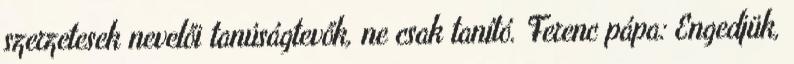
szerzetesek nevelői tanúságtevők, ne csak tanító. Ferenc pápa: Engedjük,